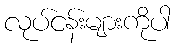
လုပ်ငန်းများကိုပါ